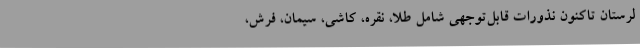
لرستان تاکنون نذورات قابل‌توجهی شامل طلا، نقره، کاشی، سیمان، فرش،